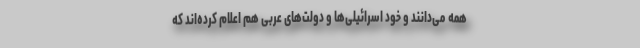
همه می‌دانند و خود اسرائیلی‌ها و دولت‌های عربی هم اعلام کرده‌اند که